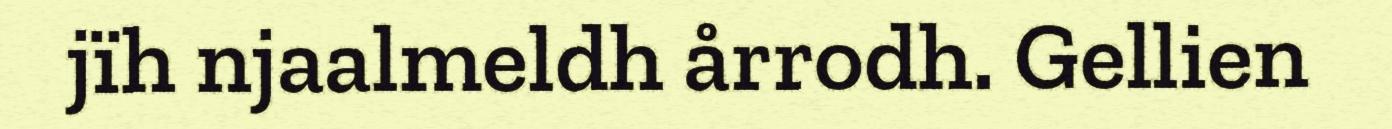
jïh njaalmeldh årrodh. Gellien